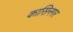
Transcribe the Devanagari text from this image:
कासिनगर